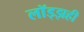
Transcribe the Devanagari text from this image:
लॉड्झही